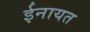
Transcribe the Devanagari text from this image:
ईनायत